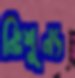
নিঃশূন্য